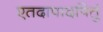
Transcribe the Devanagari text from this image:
एतदापादपितुं